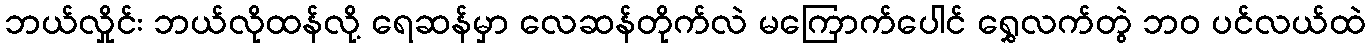
ဘယ်လှိုင်း ဘယ်လိုထန်လို့ ရေဆန်မှာ လေဆန်တိုက်လဲ မကြောက်ပေါင် ရွှေလက်တွဲ ဘဝ ပင်လယ်ထဲ